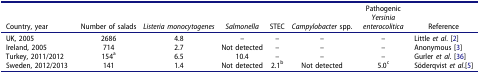
<table><thead><tr><td><b>Country, year</b></td><td><b>Number of salads</b></td><td><b><i>Listeria monocytogenes</i></b></td><td><b><i>Salmonella</i></b></td><td><b>STEC</b></td><td><b><i>Campylobacter</i> spp.</b></td><td><b>Pathogenic <i>Yersinia enterocolitica</i></b></td><td><b>Reference</b></td></tr></thead><tbody><tr><td>UK, 2005</td><td>2686</td><td>4.8</td><td>–</td><td>–</td><td>–</td><td>–</td><td>Little <i>et al</i>. [2]</td></tr><tr><td>Ireland, 2005</td><td>714</td><td>2.7</td><td>Not detected</td><td>–</td><td>–</td><td>–</td><td>Anonymous [3]</td></tr><tr><td>Turkey, 2011/2012</td><td>154<sup>a</sup></td><td>6.5</td><td>10.4</td><td>–</td><td>–</td><td>–</td><td>Gurler <i>et al</i>. [36]</td></tr><tr><td>Sweden, 2012/2013</td><td>141</td><td>1.4</td><td>Not detected</td><td>2.1<sup>b</sup></td><td>Not detected</td><td>5.0<sup>c</sup></td><td>Söderqvist <i>et al</i>.[5]</td></tr></tbody></table>